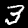
Label: 3